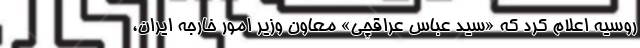
روسیه اعلام کرد که «سید عباس عراقچی» معاون وزیر امور خارجه ایران،